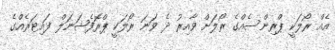
އެއް ރޯލަކީ ޕްރިންސެއްގެ ރޯލަށް ވާއިރު ދެ ވަނަ ރޯލަކީ ޕްރޮފެޝަނަލް ފައިޓަރެއްގެ